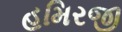
હમિરજી